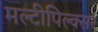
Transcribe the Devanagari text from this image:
मल्टीपिल्क्सर